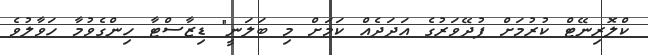
ކްލޮރިނޭޓް ކުރުމަށް ފުދޭވަރުގެ އަދަދެއް ކަމަށް މި ބަލަނީ" ޑިޒާސްޓާ ހިންގެވުމާ ހަވާލުވެ